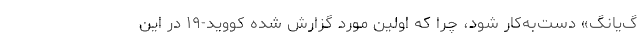
گ‌یانگ» دست‌به‌کار شود، چرا که اولین مورد گزارش شده کووید-۱۹ در این